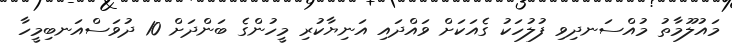
މައުލޫމާތު މުއްސަނދިވި ފުލުހަކު ގެއަކަށް ވައްދައި އަނިޔާކުރި މީހުންގެ ބަންދަށް 10 ދުވަސްއަނބިމީހާ